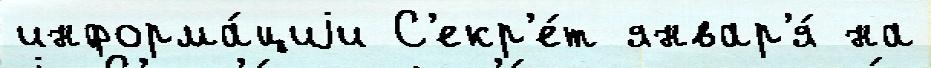
информа́циjи С'екр'е́т январ'я́ на